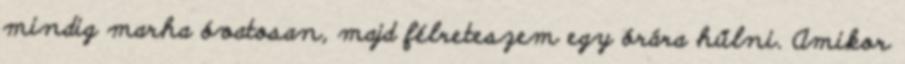
mindig marha óvatosan, majd félreteszem egy órára hűlni. Amikor